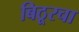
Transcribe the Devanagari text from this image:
बिठूरचा